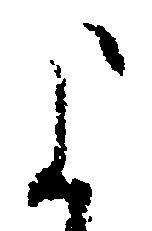
よ